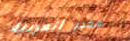
مخبز العربية